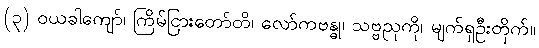
(၃) ဝယခါကျော်၊ ကြိမ်ငြားတော်တိ၊ လော်ကဗန္ဓု၊ သဗ္ဗညုကို၊ မျက်ရှဦးတိုက်။